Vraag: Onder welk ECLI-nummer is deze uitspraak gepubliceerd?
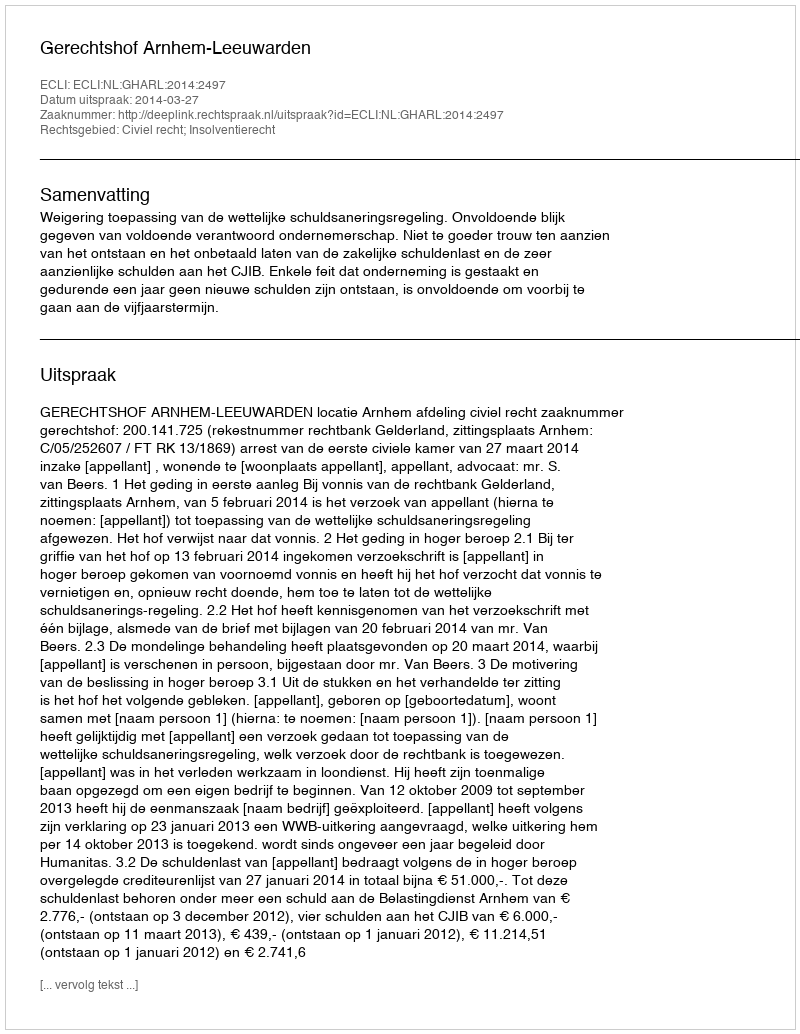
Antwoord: ECLI:NL:GHARL:2014:2497